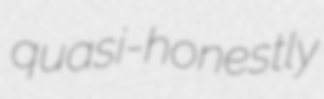
quasi-honestly